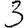
Digit: 3